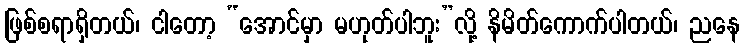
ဖြစ်စရာရှိတယ်၊ ငါတော့ “အောင်မှာ မဟုတ်ပါဘူး”လို့ နိမိတ်ကောက်ပါတယ်၊ ညနေ